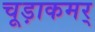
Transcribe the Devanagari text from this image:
चूड़ाकमर्